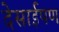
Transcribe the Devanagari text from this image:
देसाईपण